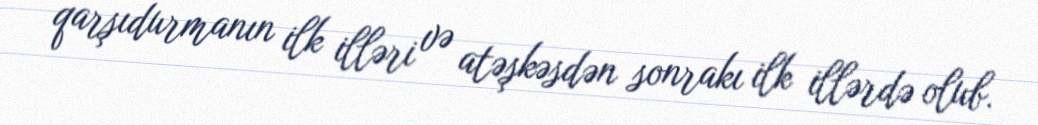
qarşıdurmanın ilk illəri və atəşkəsdən sonrakı ilk illərdə olub.